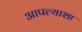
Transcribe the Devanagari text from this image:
आपल्याशा